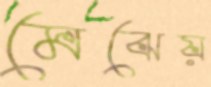
মেঝেয়